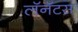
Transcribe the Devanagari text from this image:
लॅनॅटस